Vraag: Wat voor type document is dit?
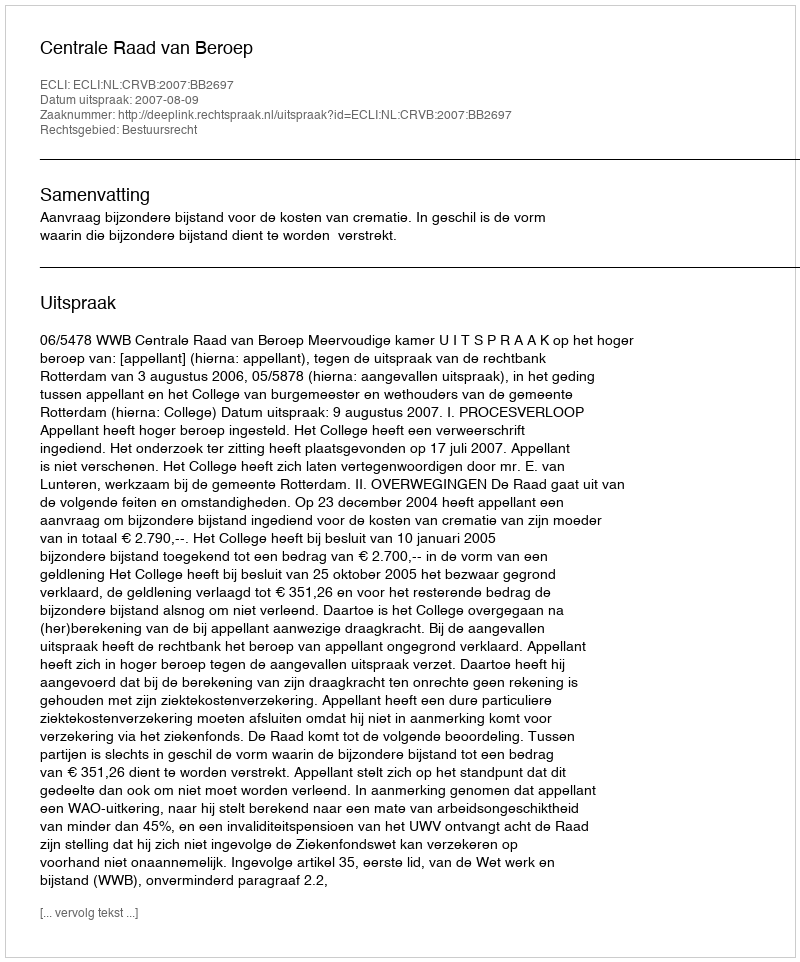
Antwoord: Uitspraak